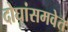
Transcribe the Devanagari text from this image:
दोघांसमवेत